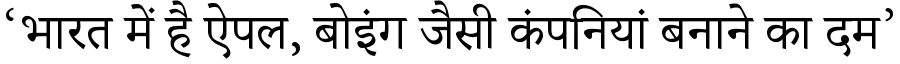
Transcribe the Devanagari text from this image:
‘भारत में है ऐपल, बोइंग जैसी कंपनियां बनाने का दम’